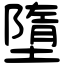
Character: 墮